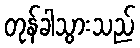
တုန်ခါသွားသည်